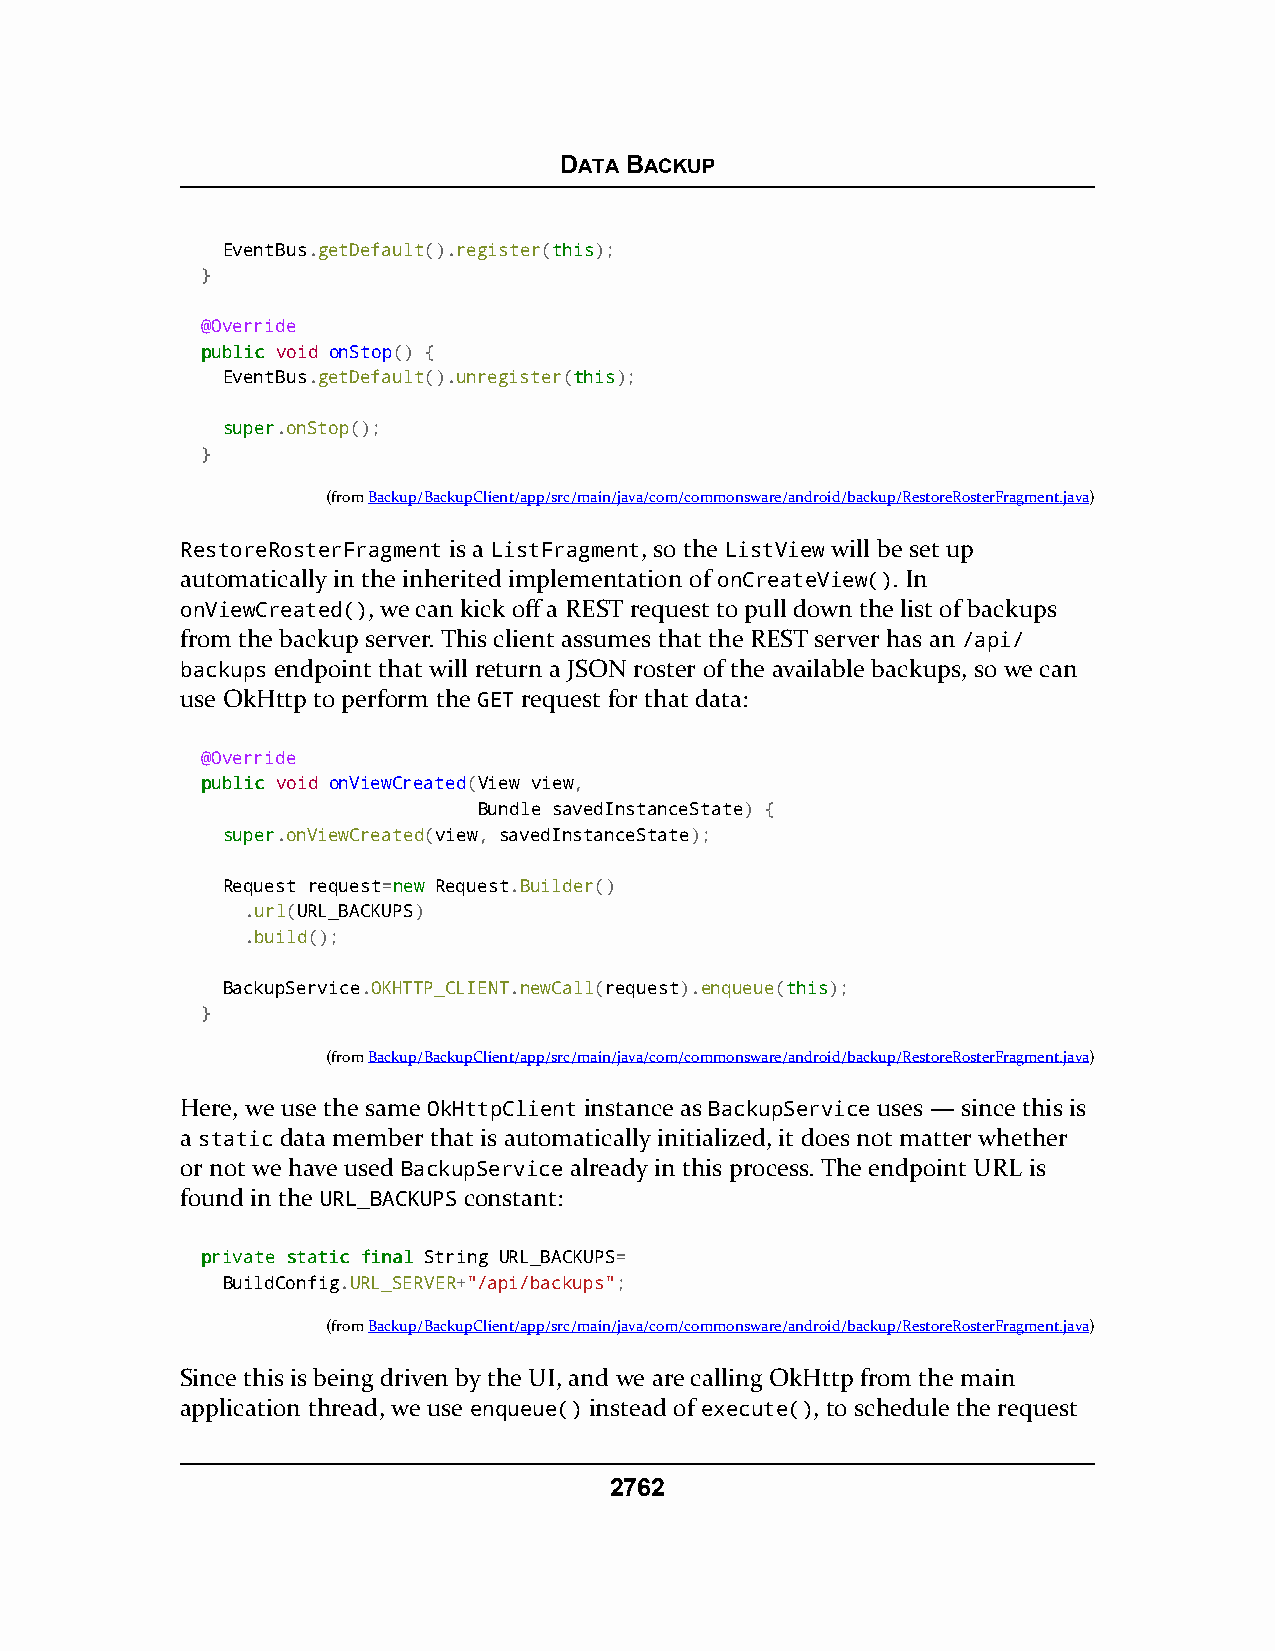
DATA BACKUP
 EventBus.getDefault().register(tthhiiss);
 }
 @Override
 ppuubblliicc void onStop() {
 EventBus.getDefault().unregister(tthhiiss);
 ssuuppeerr.onStop();
 }
 (fromBackup/BackupClient/app/src/main/java/com/commonsware/android/backup/RestoreRosterFragment.java)
 RestoreRosterFragment is a ListFragment, so the ListView will be set up
 automatically in the inherited implementation of onCreateView(). In
 onViewCreated(), we can kick off a REST request to pull down the list of backups
 from the backup server. This client assumes that the REST server has an /api/
 backups endpoint that will return a JSON roster of the available backups, so we can
 use OkHttp to perform the GET request for that data:
 @Override
 ppuubblliicc void onViewCreated(View view,
 Bundle savedInstanceState) {
 ssuuppeerr.onViewCreated(view, savedInstanceState);
 Request request=nneeww Request.Builder()
 .url(URL_BACKUPS)
 .build();
 BackupService.OKHTTP_CLIENT.newCall(request).enqueue(tthhiiss);
 }
 (fromBackup/BackupClient/app/src/main/java/com/commonsware/android/backup/RestoreRosterFragment.java)
 Here, we use the same OkHttpClient instance as BackupService uses — since this is
 a static data member that is automatically initialized, it does not matter whether
 or not we have used BackupService already in this process. The endpoint URL is
 found in the URL_BACKUPS constant:
 pprriivvaattee ssttaattiicc ffiinnaall String URL_BACKUPS=
 BuildConfig.URL_SERVER+"/api/backups";
 (fromBackup/BackupClient/app/src/main/java/com/commonsware/android/backup/RestoreRosterFragment.java)
 Since this is being driven by the UI, and we are calling OkHttp from the main
 application thread, we use enqueue() instead of execute(), to schedule the request
 2762